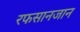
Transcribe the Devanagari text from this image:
रफसानजान